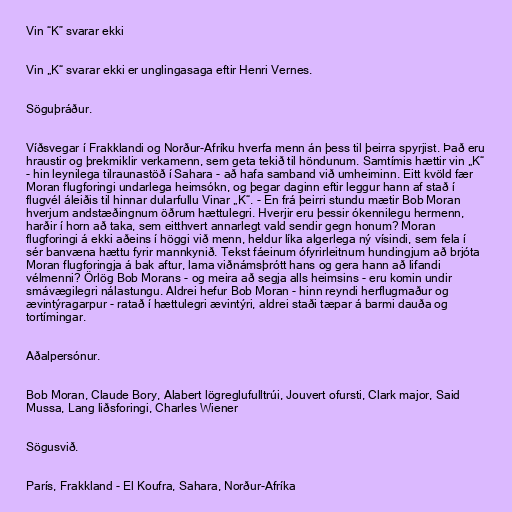
Vin “K” svarar ekki

Vin „K“ svarar ekki er unglingasaga eftir Henri Vernes.

Söguþráður.

Víðsvegar í Frakklandi og Norður-Afríku hverfa menn án þess til þeirra spyrjist. Það eru
hraustir og þrekmiklir verkamenn, sem geta tekið til höndunum. Samtímis hættir vin „K“
- hin leynilega tilraunastöð í Sahara - að hafa samband við umheiminn. Eitt kvöld fær
Moran flugforingi undarlega heimsókn, og þegar daginn eftir leggur hann af stað í
flugvél áleiðis til hinnar dularfullu Vinar „K“. - En frá þeirri stundu mætir Bob Moran
hverjum andstæðingnum öðrum hættulegri. Hverjir eru þessir ókennilegu hermenn,
harðir í horn að taka, sem eitthvert annarlegt vald sendir gegn honum? Moran
flugforingi á ekki aðeins í höggi við menn, heldur líka algerlega ný vísindi, sem fela í
sér banvæna hættu fyrir mannkynið. Tekst fáeinum ófyrirleitnum hundingjum að brjóta
Moran flugforingja á bak aftur, lama viðnámsþrótt hans og gera hann að lifandi
vélmenni? Örlög Bob Morans - og meira að segja alls heimsins - eru komin undir
smávægilegri nálastungu. Aldrei hefur Bob Moran - hinn reyndi herflugmaður og
ævintýragarpur - ratað í hættulegri ævintýri, aldrei staði tæpar á barmi dauða og
tortímingar.

Aðalpersónur.

Bob Moran, Claude Bory, Alabert lögreglufulltrúi, Jouvert ofursti, Clark major, Said
Mussa, Lang liðsforingi, Charles Wiener

Sögusvið.

París, Frakkland - El Koufra, Sahara, Norður-Afríka